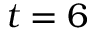
t = 6